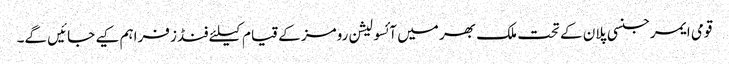
قومی ایمرجنسی پلان کے تحت ملک بھر میں آئسولیشن رومز کے قیام کیلئے فنڈز فراہم کیے جائیں گے۔